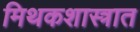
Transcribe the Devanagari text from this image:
मिथकशास्त्रात